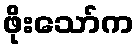
ဖိုးသော်က